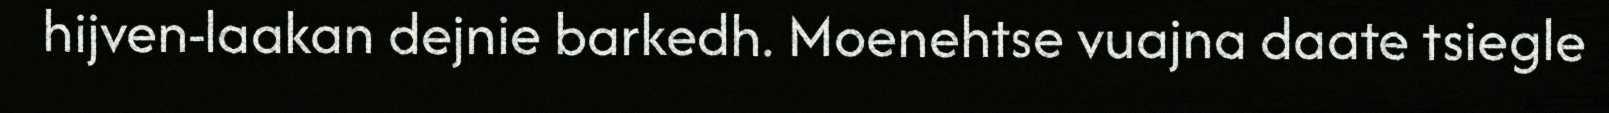
hijven-laakan dejnie barkedh. Moenehtse vuajna daate tsiegle